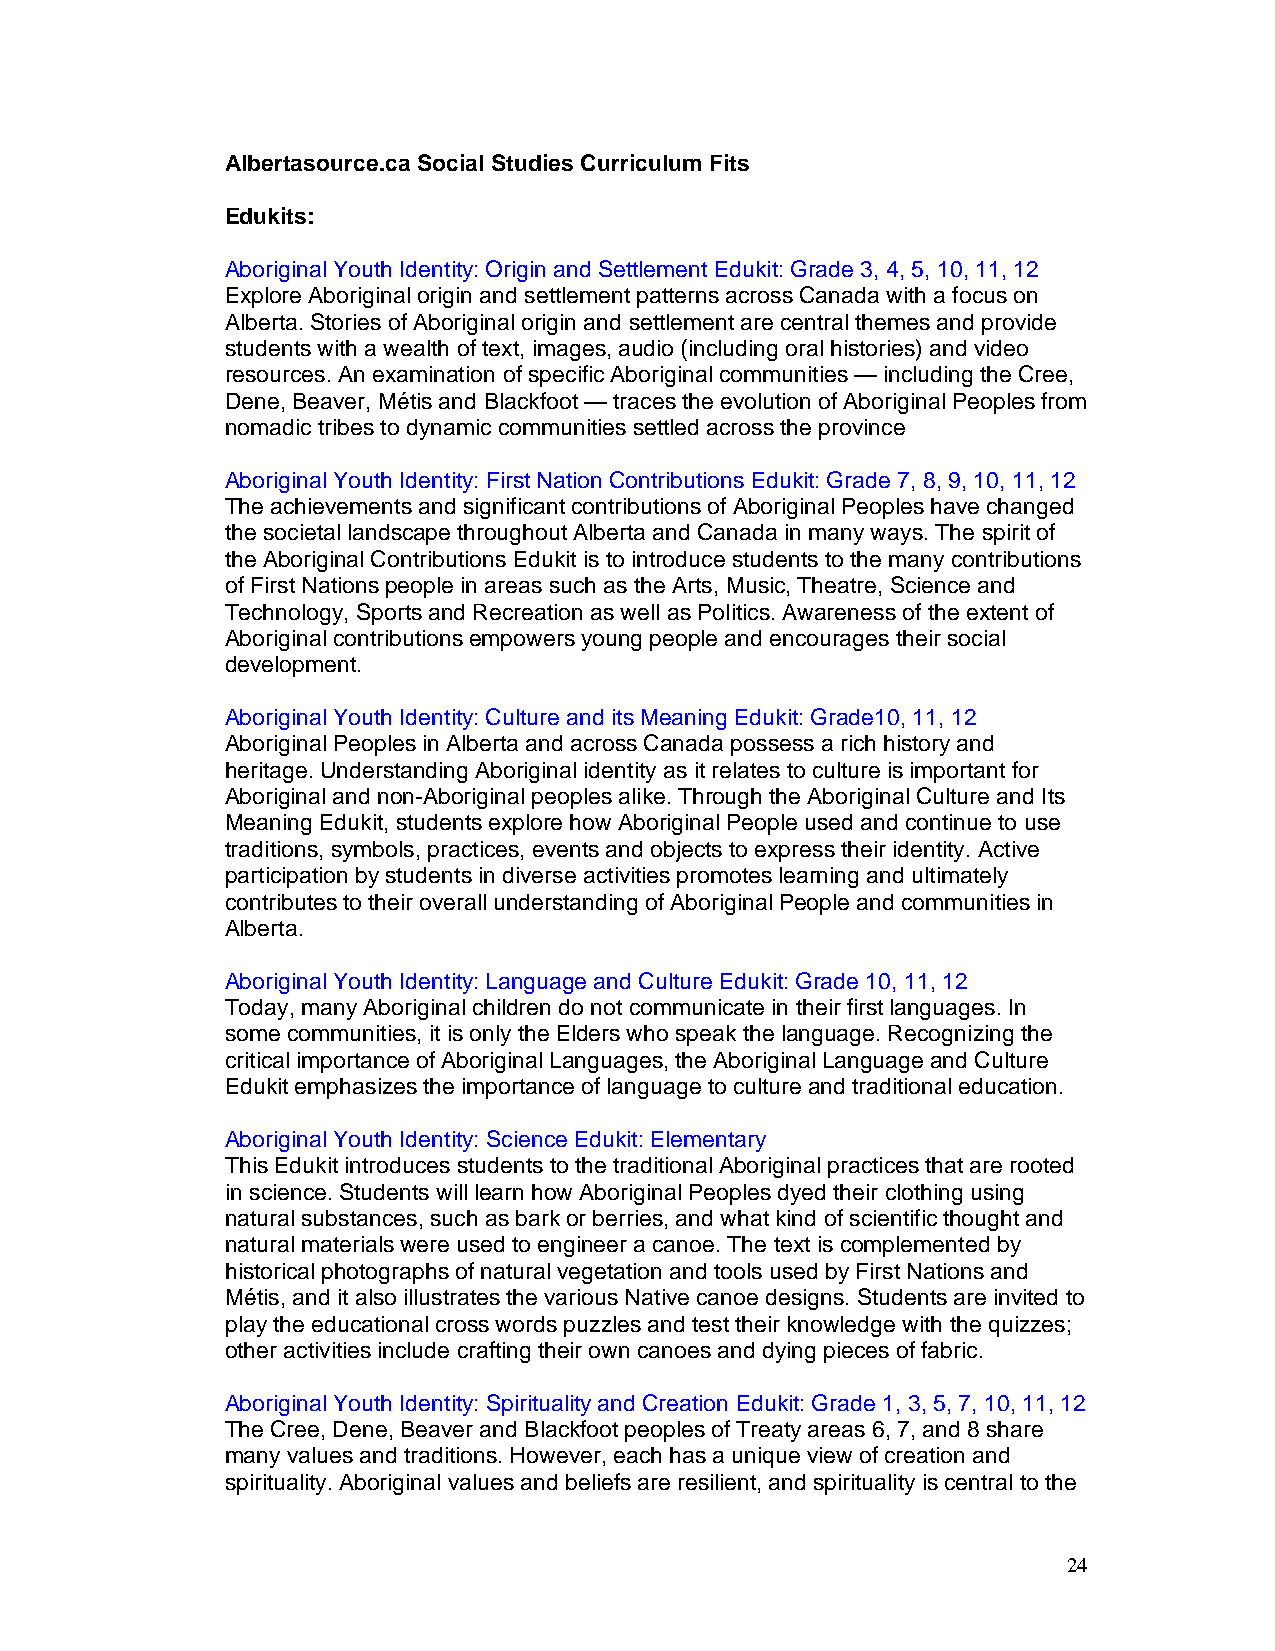
Albertasource.ca Social Studies Curriculum Fits
 Edukits:
 Aboriginal Youth Identity: Origin and Settlement Edukit: Grade 3, 4, 5, 10, 11, 12
 Explore Aboriginal origin and settlement patterns across Canada with a focus on
 Alberta. Stories of Aboriginal origin and settlement are central themes and provide
 students with a wealth of text, images, audio (including oral histories) and video
 resources. An examination of specific Aboriginal communities — including the Cree,
 Dene, Beaver, Métis and Blackfoot — traces the evolution of Aboriginal Peoples from
 nomadic tribes to dynamic communities settled across the province
 Aboriginal Youth Identity: First Nation Contributions Edukit: Grade 7, 8, 9, 10, 11, 12
 The achievements and significant contributions of Aboriginal Peoples have changed
 the societal landscape throughout Alberta and Canada in many ways. The spirit of
 the Aboriginal Contributions Edukit is to introduce students to the many contributions
 of First Nations people in areas such as the Arts, Music, Theatre, Science and
 Technology, Sports and Recreation as well as Politics. Awareness of the extent of
 Aboriginal contributions empowers young people and encourages their social
 development.
 Aboriginal Youth Identity: Culture and its Meaning Edukit: Grade10, 11, 12
 Aboriginal Peoples in Alberta and across Canada possess a rich history and
 heritage. Understanding Aboriginal identity as it relates to culture is important for
 Aboriginal and non-Aboriginal peoples alike. Through the Aboriginal Culture and Its
 Meaning Edukit, students explore how Aboriginal People used and continue to use
 traditions, symbols, practices, events and objects to express their identity. Active
 participation by students in diverse activities promotes learning and ultimately
 contributes to their overall understanding of Aboriginal People and communities in
 Alberta.
 Aboriginal Youth Identity: Language and Culture Edukit: Grade 10, 11, 12
 Today, many Aboriginal children do not communicate in their first languages. In
 some communities, it is only the Elders who speak the language. Recognizing the
 critical importance of Aboriginal Languages, the Aboriginal Language and Culture
 Edukit emphasizes the importance of language to culture and traditional education.
 Aboriginal Youth Identity: Science Edukit: Elementary
 This Edukit introduces students to the traditional Aboriginal practices that are rooted
 in science. Students will learn how Aboriginal Peoples dyed their clothing using
 natural substances, such as bark or berries, and what kind of scientific thought and
 natural materials were used to engineer a canoe. The text is complemented by
 historical photographs of natural vegetation and tools used by First Nations and
 Métis, and it also illustrates the various Native canoe designs. Students are invited to
 play the educational cross words puzzles and test their knowledge with the quizzes;
 other activities include crafting their own canoes and dying pieces of fabric.
 Aboriginal Youth Identity: Spirituality and Creation Edukit: Grade 1, 3, 5, 7, 10, 11, 12
 The Cree, Dene, Beaver and Blackfoot peoples of Treaty areas 6, 7, and 8 share
 many values and traditions. However, each has a unique view of creation and
 spirituality. Aboriginal values and beliefs are resilient, and spirituality is central to the
 24